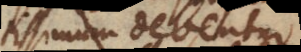
potissimum debentur